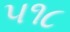
૫૧૮